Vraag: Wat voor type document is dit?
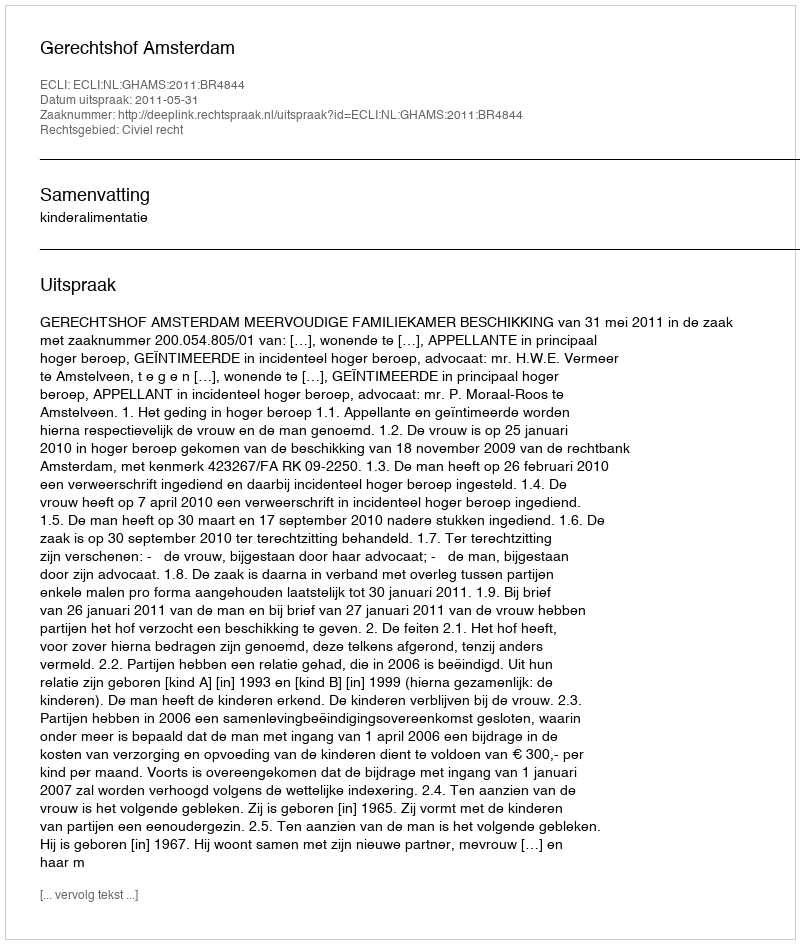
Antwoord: Uitspraak